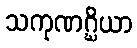
သကုဏဂ္ဃိယာ